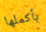
بأكملها